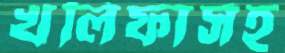
খলিফাসহ